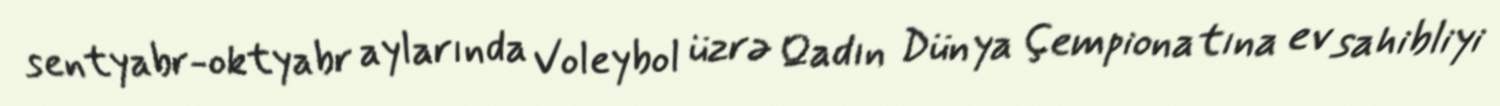
sentyabr-oktyabr aylarında Voleybol üzrə Qadın Dünya Çempionatına ev sahibliyi